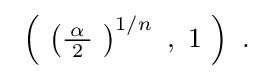
{\textstyle \ \left(\ \left({\tfrac {\!\ \alpha \!\ }{2}}\ \right)^{1/n}\ ,\ 1\ \right)~.}